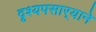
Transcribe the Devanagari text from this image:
दृश्यपसार्‍याने